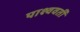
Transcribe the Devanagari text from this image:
पाश्ववर्ती